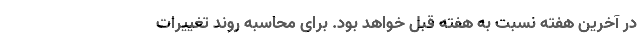
در آخرین هفته نسبت به هفته قبل خواهد بود. برای محاسبه روند تغییرات